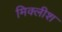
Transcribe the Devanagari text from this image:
मिक्लीश